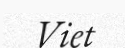
Viet